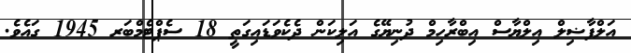
އަލްފާޟިލް އިލްޔާސް އިބްރާހިމް ދުނިޔޭގެ އަލިކަން ދެކެވަޑައިގަތީ 18 ސެޕްްޓެމްބަރ 1945 ގައެވެ.